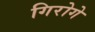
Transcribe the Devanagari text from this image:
गिरोगे